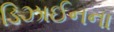
ડિઝાઈનના